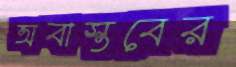
অবাস্তবের